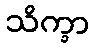
သိက္ခာ